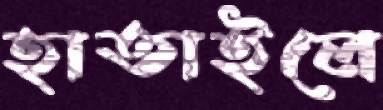
হাতাইলে